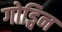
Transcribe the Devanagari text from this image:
गोड्विन